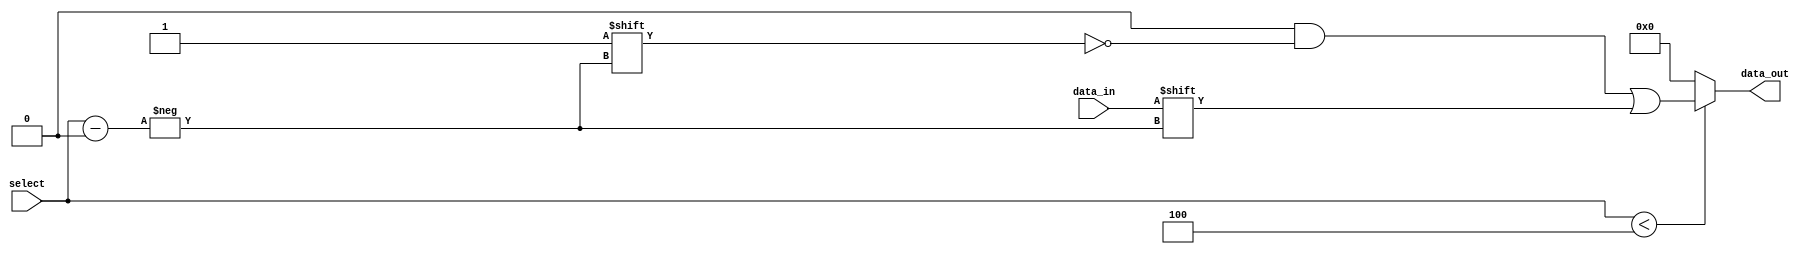
module param_demux #(
    parameter N = 4 // Number of output lines (default is 4)
) (
    input wire data_in,                     // Input data line
    input wire [$clog2(N)-1:0] select,     // Select lines to choose the output line
    output reg [N-1:0] data_out             // Output data lines
);

// Combinational logic for demultiplexer
always @(*) begin
    // Default output to zero
    data_out = {N{1'b0}}; // Set all outputs to 0

    // Route data_in to the selected output line
    if (select < N) begin
        data_out[select] = data_in; // Set the selected output to data_in
    end
end

endmodule